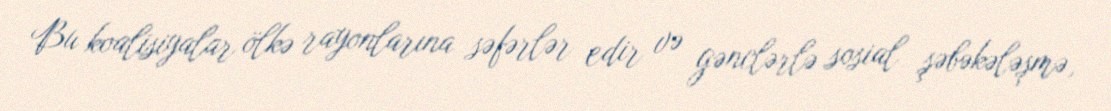
Bu koalisiyalar ölkə rayonlarına səfərlər edir və gənclərlə sosial şəbəkələşmə,